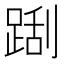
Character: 𲃬